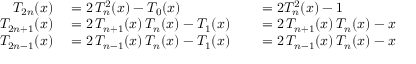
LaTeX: \begin{array} { r l r l } { T _ { 2 n } ( x ) } & { { } = 2 \, T _ { n } ^ { 2 } ( x ) - T _ { 0 } ( x ) } & { } & { { } = 2 T _ { n } ^ { 2 } ( x ) - 1 } \\ { T _ { 2 n + 1 } ( x ) } & { { } = 2 \, T _ { n + 1 } ( x ) \, T _ { n } ( x ) - T _ { 1 } ( x ) } & { } & { { } = 2 \, T _ { n + 1 } ( x ) \, T _ { n } ( x ) - x } \\ { T _ { 2 n - 1 } ( x ) } & { { } = 2 \, T _ { n - 1 } ( x ) \, T _ { n } ( x ) - T _ { 1 } ( x ) } & { } & { { } = 2 \, T _ { n - 1 } ( x ) \, T _ { n } ( x ) - x } \end{array}